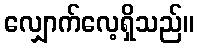
လျှောက်လေ့ရှိသည်။